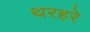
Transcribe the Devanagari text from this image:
थरहरे